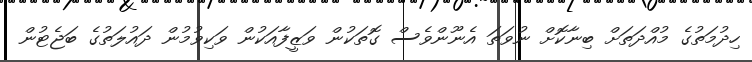
ހިދުމަތުގެ މުއްދަތަށް ބިނާކޮށް ނުވަތަ އެނޫންވެސް ގޮތަކުން ވަޒީފާއަކުން ވަކިވުމުން ދައުލަތުގެ ބަޖެޓުން